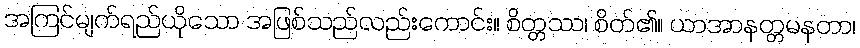
အကြင်မျက်ရည်ယိုသော အဖြစ်သည်လည်းကောင်း။ စိတ္တဿ၊ စိတ်၏။ ယာအာနတ္တမနတာ၊